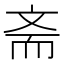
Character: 斋